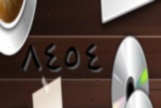
٨٤٥٤